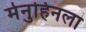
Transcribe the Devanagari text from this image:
मेनुहिनला